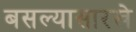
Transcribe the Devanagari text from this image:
बसल्यासारखे